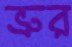
ভ্রুর